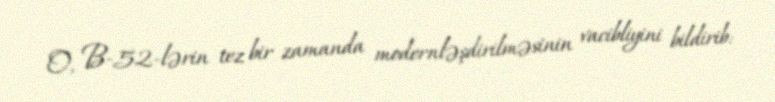
O, B-52-lərin tez bir zamanda modernləşdirilməsinin vacibliyini bildirib: